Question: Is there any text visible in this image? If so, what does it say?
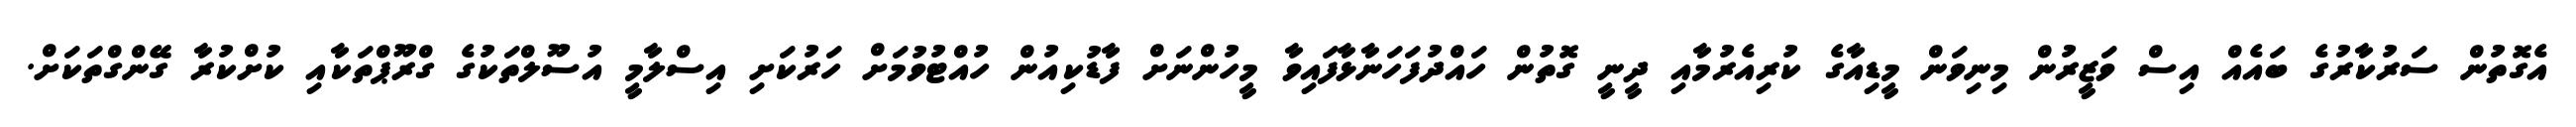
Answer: އެގޮތުން ސަރުކާރުގެ ބައެއް އިސް ވަޒީރުން މިނިވަން މީޑިއާގެ ކުރިއެރުމާއި ދީނީ ގޮތުން ހައްދުފަހަނާޅާފައިވާ މީހުންނަށް ފާޑުކިއުން ހުއްޓުވުމަށް ހަރުކަށި އިސްލާމީ އުސޫލްތަކުގެ ގްރޫޕްތަކާއި ކުށްކުރާ ގޭންގްތަކަށް.